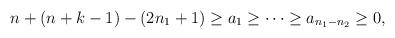
LaTeX: \begin{align*}n+(n+k-1)-(2n_1 +1)\geq a_1 \geq \cdots \geq a_{n_1 -n_2} \geq 0,\end{align*}